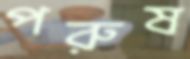
পরুষ